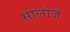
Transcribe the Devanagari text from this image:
सोलांजे